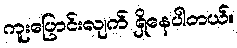
ကူးပြောင်းလျက် ရှိနေပါတယ်။